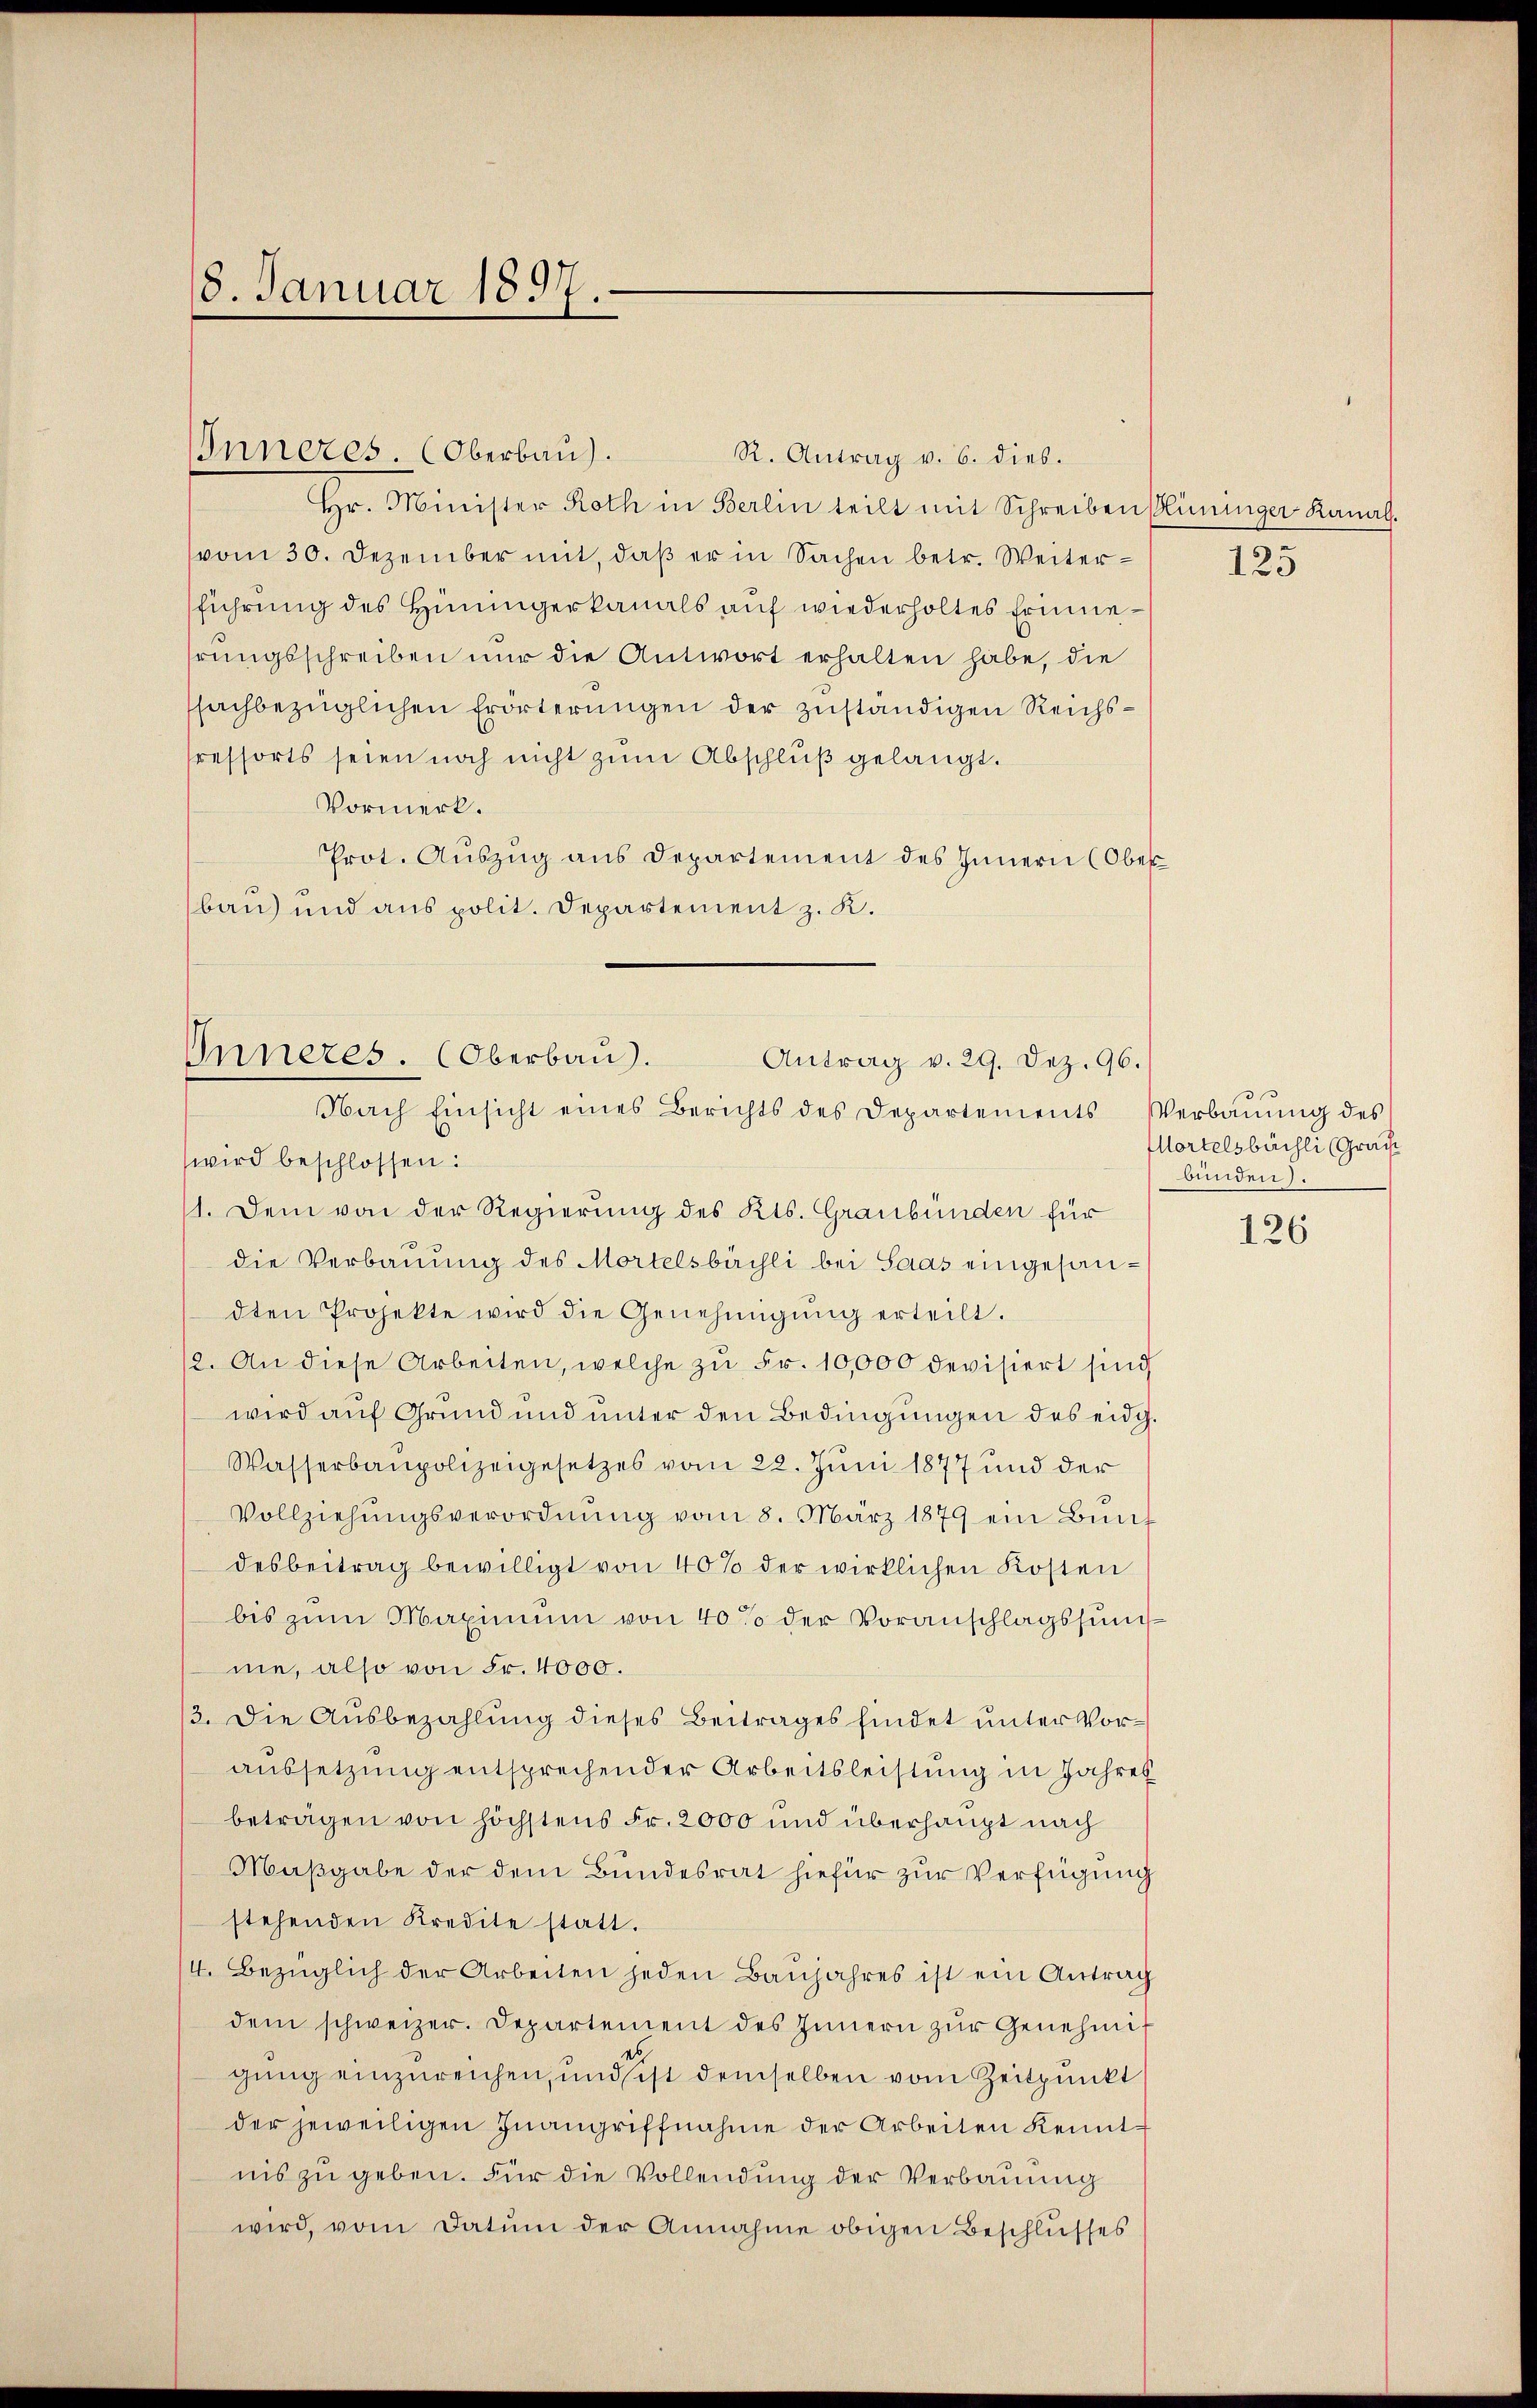
8. Januar 1897.

Inneres. (Oberbau.
Hr. Minister Roth in Berlin teilt mit Schreiben Mininger Kanalvom 30. Dezember mit, daß er in Sachen betr. Weiterführung des Hinungerkanals auf wiederholtes Erinnehrŭngsschreiben nur die Antwort erhalten habe, die
ssachbezüglichen Erörterungen der zuständigen Reichsressorts seien noch nicht zum Abschluß gelangt.
Vormerk.
Prot. Aŭszŭg ans Departement des Innern (Ober
bau und aus polit. Departement z. K.

R. Antrag v. 6. dies.

Inneres. (Oberbau.
Antrag v. 29. Dez. 96.
Nach Einsicht eines Berichts des Departements Verbaŭŭng des
wird beschlossen:

11. Dem von der Regierung des Kts. Graubünden für
die Verbauung des Mortelsbüchli bei Saas eingesandten Projekte wird die Genehmigŭng erteilt.
12. An diese Arbeiten, welche zu Fr. 10,000 devisiert sind
wird auf Grund und unter den Bedingungen des eidg.
Wasserbaupolizeigesetzes vom 22. Juni 1877 und der
Vollziehŭngsverordnŭng vom 8. März 1879 ein Bünf
desbeitrag bewilligt von 40% der wirklichen Kosten
bis zŭm Maximum von 40% der Voranschlagssumme, also von Fr. 4000.
13. Die Ausbezahlung dieses Beitrages findet unter Voraussetzung entsprechender Arbeitsleistung in Jahres
beträgen von höchstens Fr. 2000 und überhaupt nach
Maßgabe der dem Bundesrat hiefür zur Verfügung
stehenden Kredite statt.
4. Bezüglich der Arbeiten jeden Baŭjahres ist ein Antrag
dem schweizer. Departement des Innern zŭr Genehmigung einzureichen, und sicht demselben vom Zeitpunkt
der jeweiligen Inangriffnahme der Arbeiten Kennt
nis zu geben. Für die Vollendung der Verbauung
wird, vom Datum der Annahme obigen Beschlusses

125

Mortelsbüchli (Grach
bunden).

126